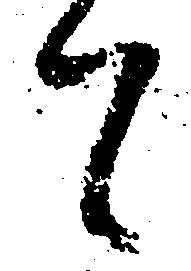
て